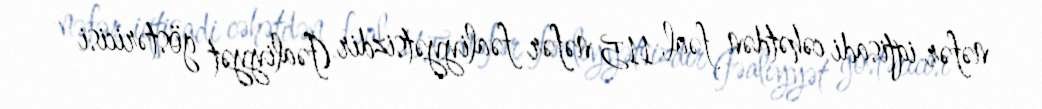
nəfər iqtisadi cəhətdən fəal, 115 nəfər fəaliyyətsizdir (fəaliyyət göstəricisi -